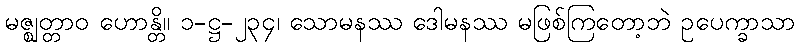
မဇ္ဈတ္တာဝ ဟောန္တိ။ ၁-ဋ္ဌ-၂၃၄၊ သောမနဿ ဒေါမနဿ မဖြစ်ကြတော့ဘဲ ဥပေက္ခာသာ